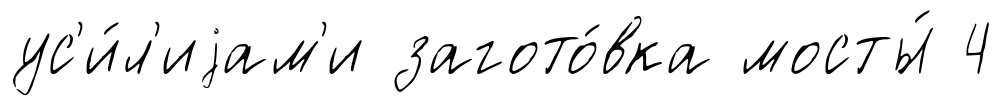
ус'и́л'иjам'и загото́вка мосты́ 4